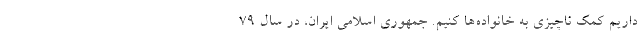
داریم کمک ناچیزی به خانواده‌ها کنیم. جمهوری اسلامی ایران، در سال ۷۹